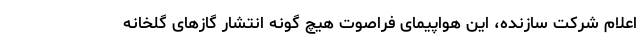
اعلام شرکت سازنده، این هواپیمای فراصوت هیچ گونه انتشار گازهای گلخانه